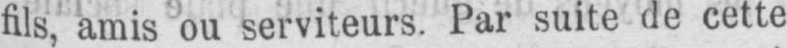
fils, amis ou serviteurs. Par suite de cette